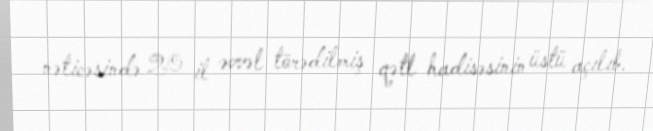
nəticəsində 20 il əvvəl törədilmiş qətl hadisəsinin üstü açılıb.